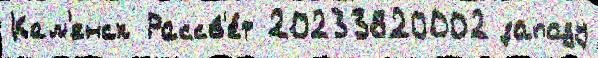
Кам'енск Рассв'е́т 20233820002 западу